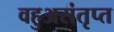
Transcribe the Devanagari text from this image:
वहुअसंतृप्त